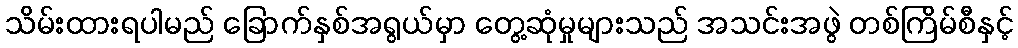
သိမ်းထားရပါမည် ခြောက်နှစ်အရွယ်မှာ တွေ့ဆုံမှုများသည် အသင်းအဖွဲ တစ်ကြိမ်စီနှင့်